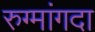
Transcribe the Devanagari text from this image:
रुग्मांगदा